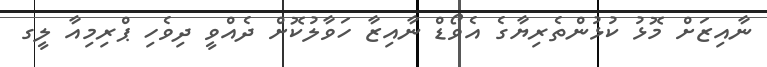
ނާއިޒަށް މޮޅު ކުޅުންތެރިޔާގެ އެވޯޑް ނާއިޒާ ހަވާލުކޮށް ދެއްވީ ދިވެހި ޕްރިމިއާ ލީގ